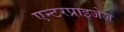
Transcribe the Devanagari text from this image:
एन्टरप्राइजेज